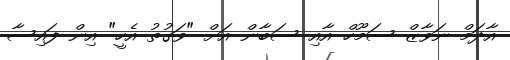
އާދަމް ނަވާޒް ސަމޫހް އާއި ސަބާން އަށް "ވަގުތު އެހީ" އިން ފައިސާ